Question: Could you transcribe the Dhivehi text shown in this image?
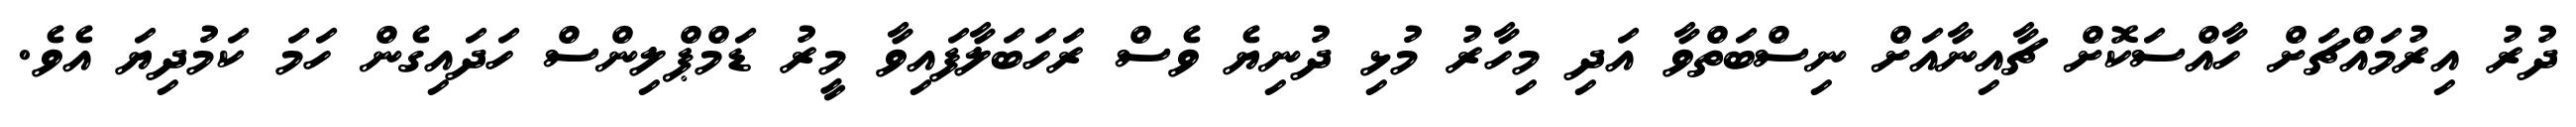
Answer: ދުރު އިރުމައްޗަށް ހާއްސަކޮށް ޗާއިނާއަށް ނިސްބަތްވާ އަދި މިހާރު މުޅި ދުނިޔެ ވެސް ރަހަބަލާފައިވާ މީރު ޑަމްޕްލިންސް ހަދައިގެން ހަމަ ކަމުދިޔަ އެވެ.